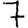
Digit: 7